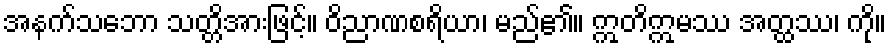
အနက်သဘော သတ္တိအားဖြင့်။ ဝိညာဏစရိယာ၊ မည်၏။ ဣတိဣမဿ အတ္ထဿ၊ ကို။